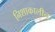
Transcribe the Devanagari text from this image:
निशाकालीन